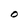
Character: O